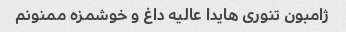
ژامبون تنوری هایدا عالیه داغ و خوشمزه ممنونم